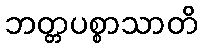
ဘတ္တပစ္စာသာတိ